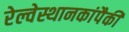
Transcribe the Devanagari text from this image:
रेल्वेस्थानकांपैकी